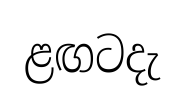
ළඟටදැ